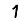
Digit: 1